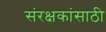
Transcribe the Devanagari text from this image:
संरक्षकांसाठी